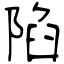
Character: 陷